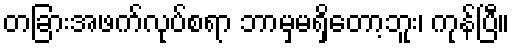
တခြားအဖက်လုပ်စရာ ဘာမှမရှိတော့ဘူး၊ ကုန်ပြီ။